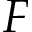
F